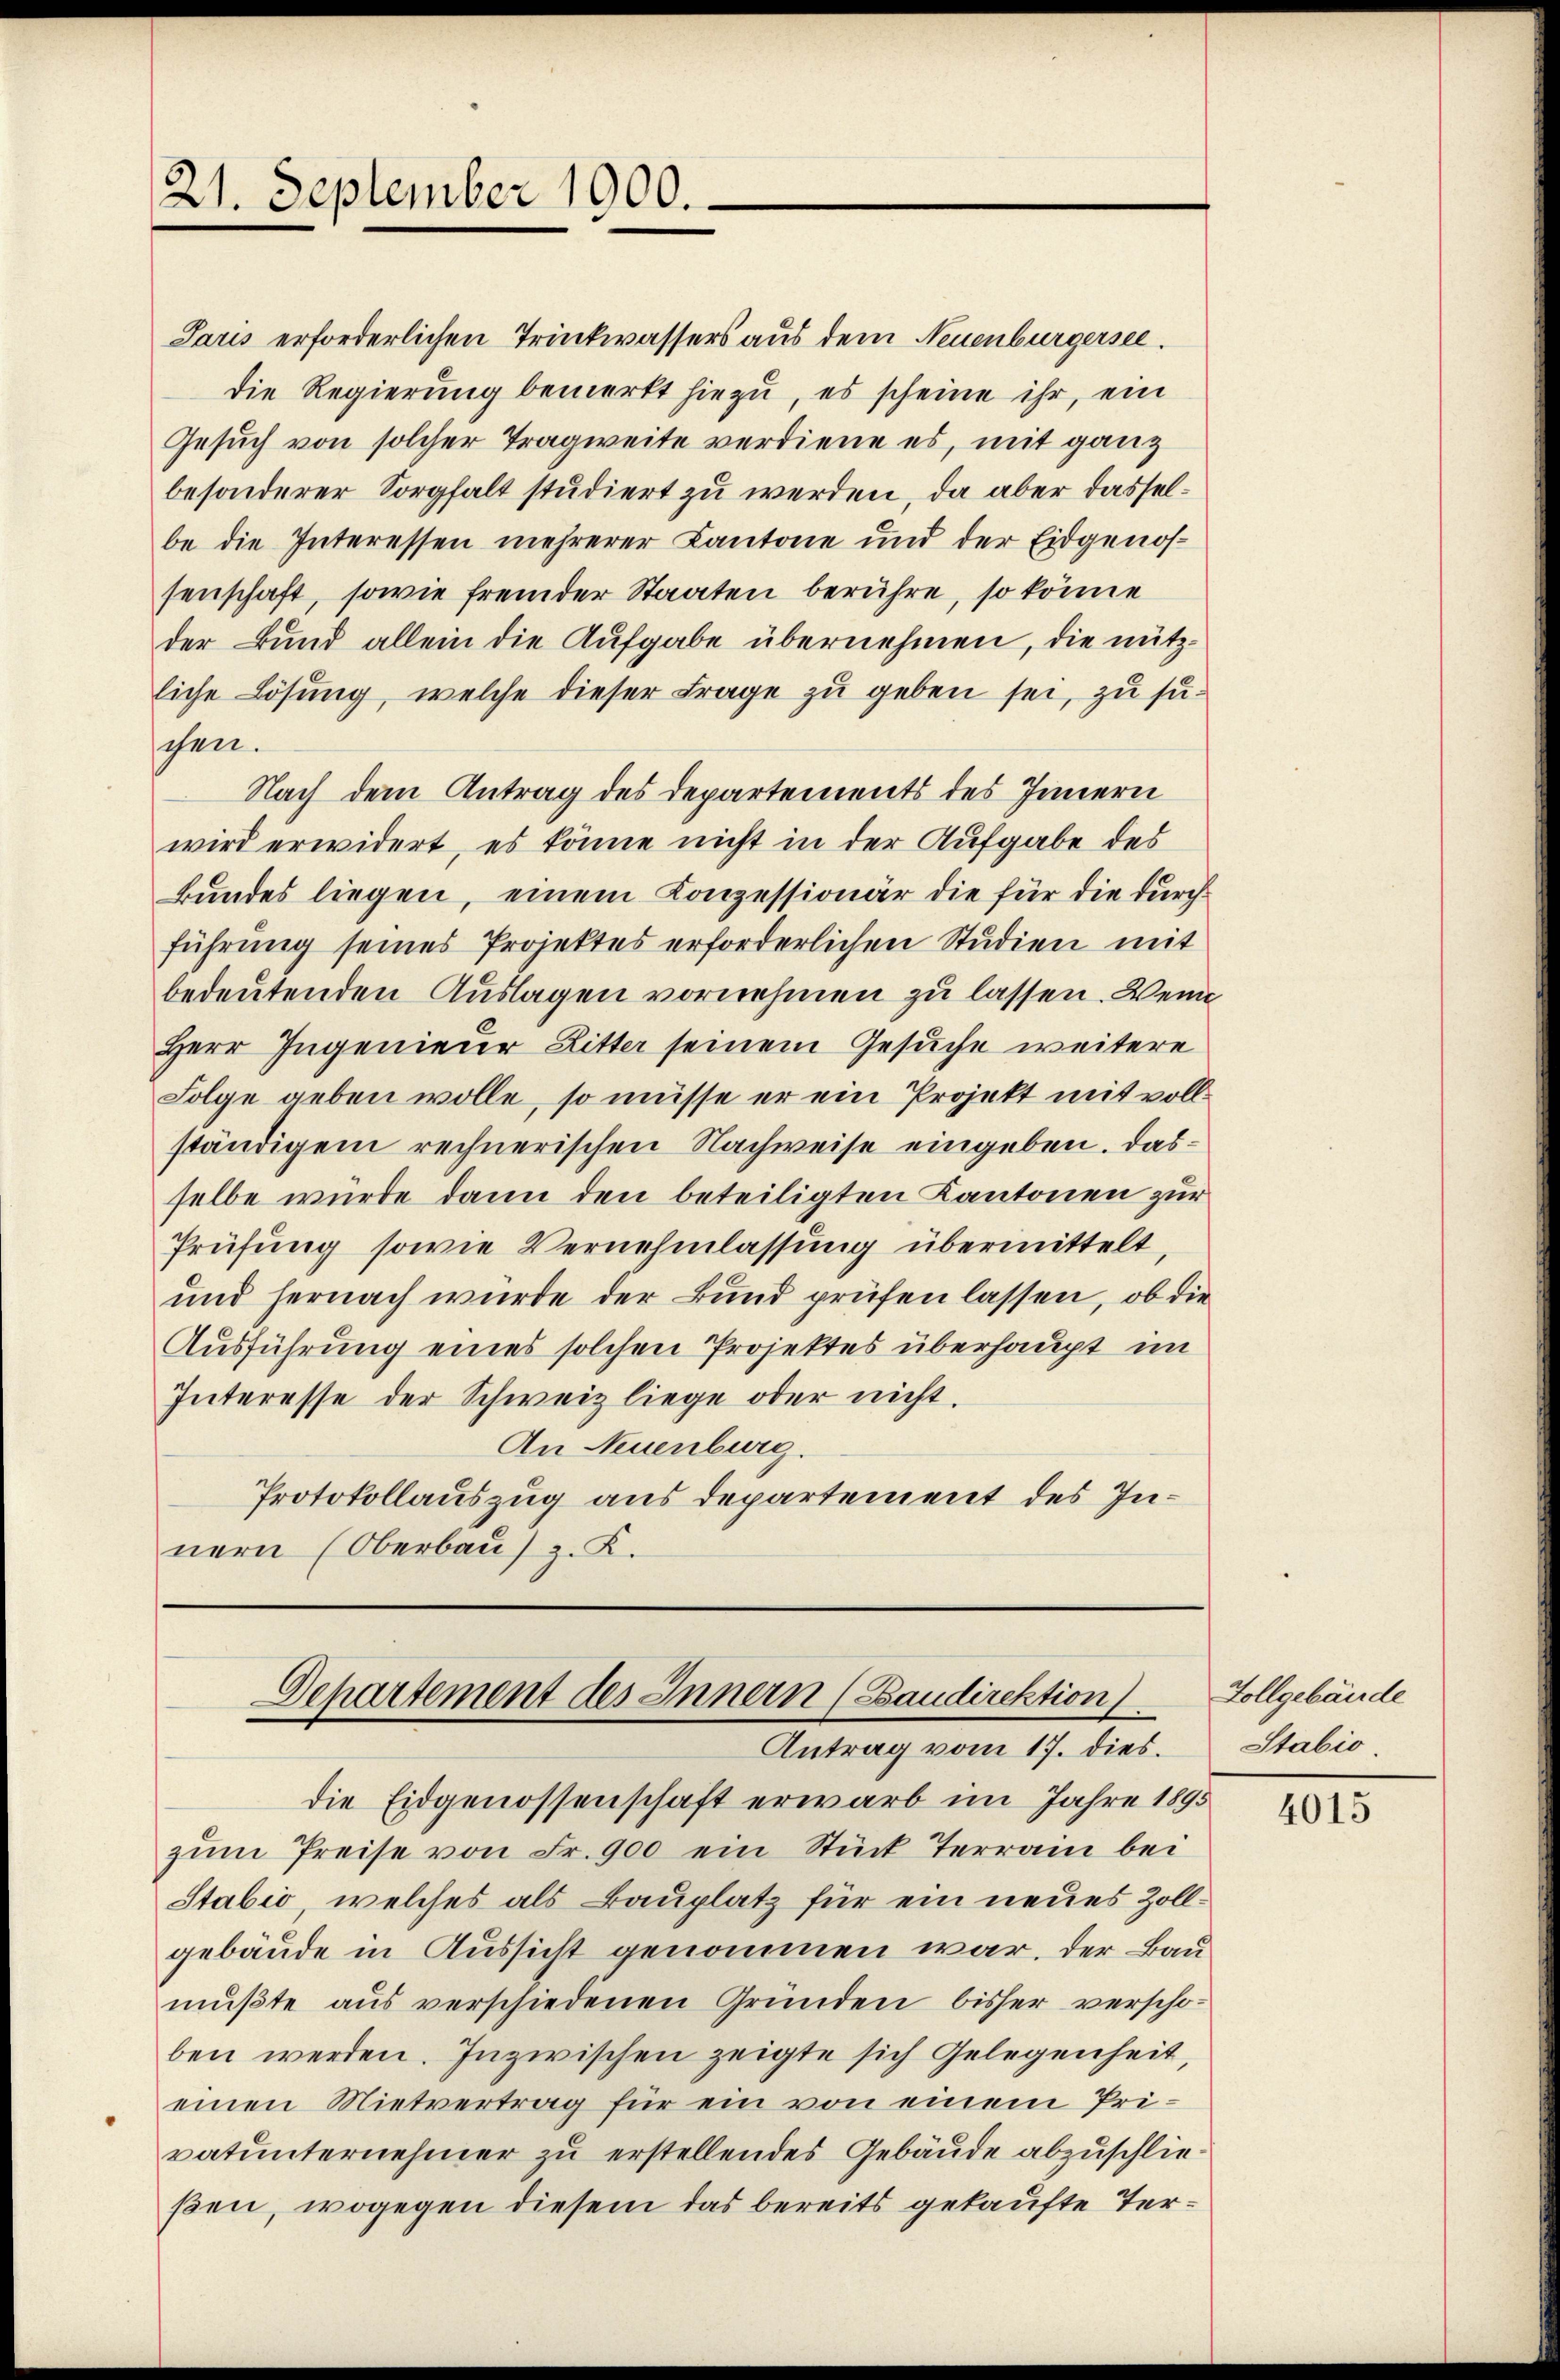
Paris erforderlichen Trinkwassers aus dem Neuenburgersee.
die Regierung bemerkt hiezu, es scheine ihr, ein
Gesŭch von solcher Tragweite verdiene es, mit ganz
besonderer Sorgfalt studiert zu werden, da aber dasselbe die Interessen mehrerer Cantone und der Eidgenossenschaft, sowie fremder Staaten berühre, so könne
der Bund allein die Aufgabe übernehmen, die nützliche Lösung, welche dieser Frage zu geben sei, zu suchen.
Nach dem Antrag des Departements des Innern
wird erwidert, es könne nicht in der Aufgabe des
Bundes liegen, einem Konzessionär die für die durchführung seines Projektes erforderlichen Studien mit
bedeutenden Auslagen vornehmen zu lassen. Wenn
Herr Ingenieur Litter seinem Gesuche weitere
Folge geben wolle, so müsse er ein Projekt mit vollständigem rechnerischen Nachweise eingeben. Das
selbe würde dann den beteiligten Kantonen zur
Prüfung sowie Vernehmlassung übermittelt,
und hernach wurde der Bund prüfen lassen, ob die
Ausführung eines solchen Projektes überhaupt im
Interesse der Schweiz liege oder nicht.
An Neuenburg.
Protokollauszug aus Departement des Innern (Oberbau) z. K.

21. September 1900.

Departement des Innern (Baudirektion
Antrag vom 17. dies.

die Eidgenossenschaft erwarb im Jahre 1895
zŭm Preise von Fr. 900 ein Stück Terrain bei
Stabić, welches als Bauplatz für ein neues Zollgebäude in Aussicht genommen war. Der Baumŭβte aŭs verschiedenen Gründen bisher verscho-
ben werden. Inzwischen zeigte sich Gelegenheit,
einen Mietvertrag für ein von einem Privatunternehmer zu erstellendes Gebäude abzuschließen, wogegen diesem das bereits gekaufte Ter¬

Tollgebäude
Stabio

4015